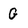
Character: G